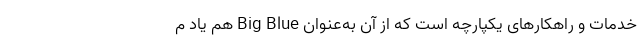
خدمات و راهکارهای یکپارچه است که از آن به‌عنوان Big Blue هم یاد م